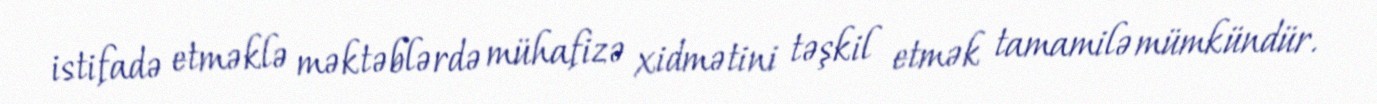
istifadə etməklə məktəblərdə mühafizə xidmətini təşkil etmək tamamilə mümkündür.